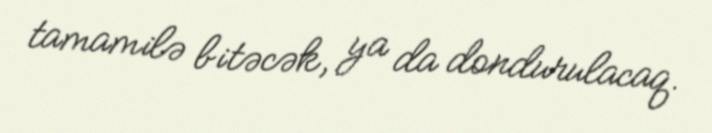
tamamilə bitəcək, ya da dondurulacaq.